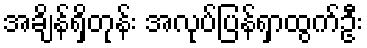
အချိန်ရှိတုန်း အလုပ်ပြန်ရှာထွက်ဦး